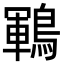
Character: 鶤